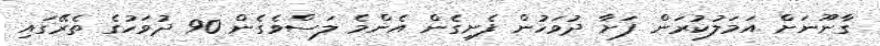
ގާނޫނަށް އަމަލުކުރަން ފަށާ ދުވަހުން ފެށިގެން އެންމެ ލަސްވެގެން 90 ދުވަހުގެ ތެރޭގައި